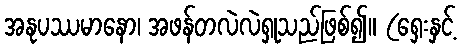
အနုပဿမာနော၊ အဖန်တလဲလဲရှုသည်ဖြစ်၍။ (ရှေးနှင့်